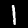
Label: 1